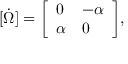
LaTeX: [ { \dot { \Omega } } ] = { \left[ \begin{array} { l l } { 0 } & { - \alpha } \\ { \alpha } & { 0 } \end{array} \right] } ,